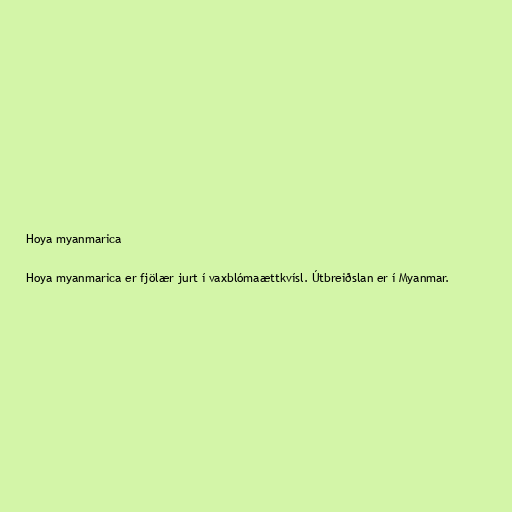
Hoya myanmarica

Hoya myanmarica er fjölær jurt í vaxblómaættkvísl. Útbreiðslan er í Myanmar.